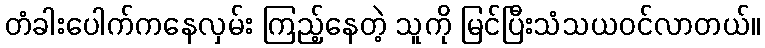
တံခါးပေါက်ကနေလှမ်း ကြည့်နေတဲ့ သူကို မြင်ပြီးသံသယဝင်လာတယ်။